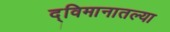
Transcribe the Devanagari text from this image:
द्विमानातल्या